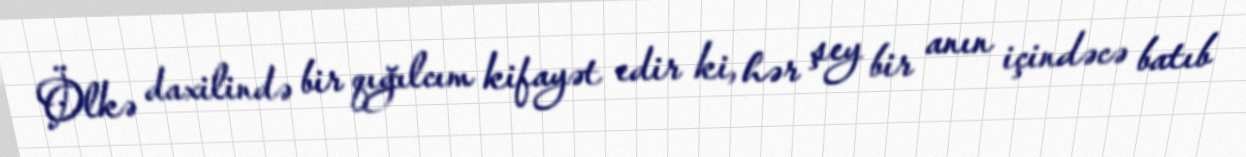
Ölkə daxilində bir qığılcım kifayət edir ki, hər şey bir anın içindəcə batıb